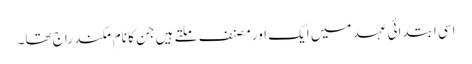
اسی ابتدائی عہد میں ایک اور مصنف ملتے ہیں جن کا نام مکند راج تھا۔